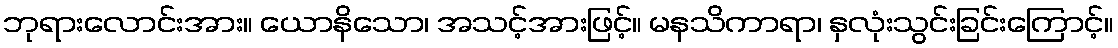
ဘုရားလောင်းအား။ ယောနိသော၊ အသင့်အားဖြင့်။ မနသိကာရာ၊ နှလုံးသွင်းခြင်းကြောင့်။